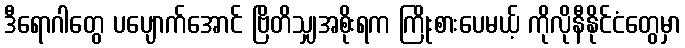
ဒီရောဂါတွေ ပပျောက်အောင် ဗြိတိသျှအစိုးရက ကြိုးစားပေမယ့် ကိုလိုနီနိုင်ငံတွေမှာ